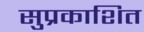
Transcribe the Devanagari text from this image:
सुप्रकाशित